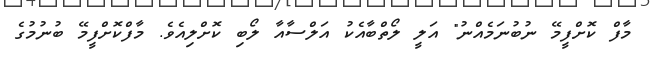
މާފް ކޮށްފީމޭ ނުބުނަމެއްނު" އަލީ ލޯތްބާއެކު އަލްސާއާ ލޯބި ކޮށްލިއެވެ. މާފްކޮށްފީމޭ ބުނުމުގެ